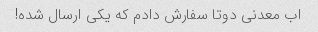
اب معدنی دوتا سفارش دادم که یکی ارسال شده!